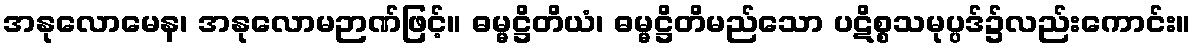
အနုလောမေန၊ အနုလောမဉာဏ်ဖြင့်။ ဓမ္မဋ္ဌိတိယံ၊ ဓမ္မဋ္ဌိတိမည်သော ပဋိစ္စသမုပ္ပဒ်၌လည်းကောင်း။